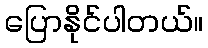
ပြောနိုင်ပါတယ်။